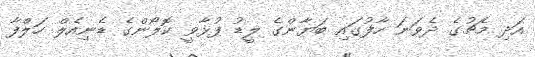
އަދި މެޗުގެ ދެވަނަ ހާފުގައި ބަޔާންގެ ލީޑު ފުޅާވީ ކޮލޯންގެ ޑެނިއެލް ހަލްފާ